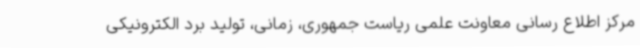
مرکز اطلاع رسانی معاونت علمی ریاست جمهوری، زمانی، تولید برد الکترونیکی